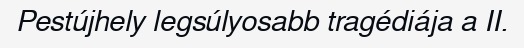
Pestújhely legsúlyosabb tragédiája a II.